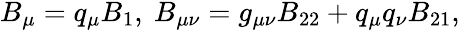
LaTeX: \begin{array}{r}{B_{\mu}=q_{\mu}B_{1},\ B_{\mu\nu}=g_{\mu\nu}B_{22}+q_{\mu}q_{\nu}B_{21},}\end{array}